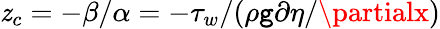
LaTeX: \mathit{z}_{c}=-\beta/\alpha=-\tau_{w}/(\rho\mathtt{g}\partial\eta/\partialx)